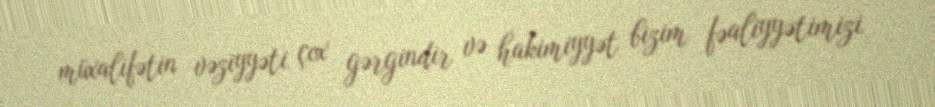
müxalifətin vəziyyəti çox gərgindir və hakimiyyət bizim fəaliyyətimizi